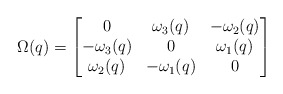
\begin{align*} \Omega(q) = \begin{bmatrix} 0 & \omega_3(q) & -\omega_2(q) \\ -\omega_3(q) & 0 & \omega_1(q) \\ \omega_2(q) & -\omega_1(q) & 0 \end{bmatrix}\end{align*}